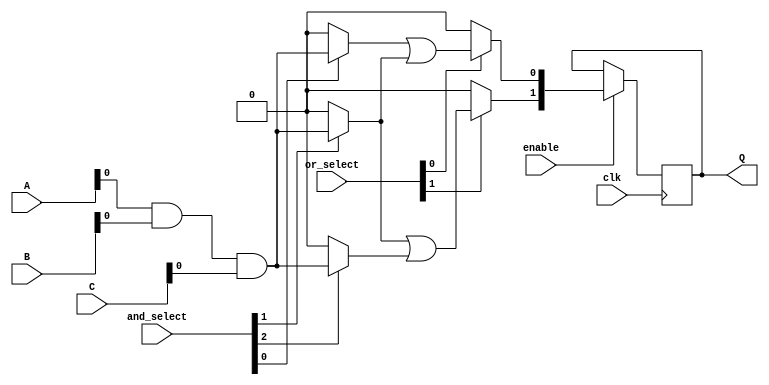
module RPAL #(
    parameter NUM_INPUTS = 3,       // Number of input signals
    parameter NUM_AND_TERMS = 4,     // Number of AND terms
    parameter NUM_OR_TERMS = 2        // Number of OR terms
)(
    input wire [NUM_INPUTS-1:0] A,   // Input signals
    input wire [NUM_INPUTS-1:0] B,
    input wire [NUM_INPUTS-1:0] C,
    input wire clk,                   // Clock signal
    input wire enable,                // Enable signal for outputs
    input wire [NUM_AND_TERMS-1:0] and_select, // Select lines for AND array
    input wire [NUM_OR_TERMS-1:0] or_select,   // Select lines for OR array
    output reg [NUM_OR_TERMS-1:0] Q   // Registered outputs
);

    // Internal wires for AND outputs
    wire [NUM_AND_TERMS-1:0] and_outputs;

    // Programmable AND array
    genvar i;
    generate
        for (i = 0; i < NUM_AND_TERMS; i = i + 1) begin: and_array
            assign and_outputs[i] = (and_select[i] == 1'b1) ? (A & B & C) : 1'b0; // Example AND configuration
        end
    endgenerate

    // Internal wires for OR outputs
    wire [NUM_OR_TERMS-1:0] or_outputs;

    // Programmable OR array
    generate
        for (i = 0; i < NUM_OR_TERMS; i = i + 1) begin: or_array
            assign or_outputs[i] = (or_select[i] == 1'b1) ? (and_outputs[i] | and_outputs[i + 1]) : 1'b0; // Example OR configuration
        end
    endgenerate

    // Registered outputs
    always @(posedge clk) begin
        if (enable) begin
            Q <= or_outputs; // Capture OR outputs on clock edge
        end
    end

endmodule